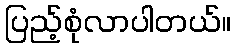
ပြည့်စုံလာပါတယ်။